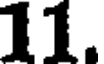
11.